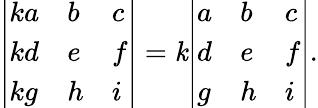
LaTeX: {\left|\begin{array}{lll}{ka}&{b}&{c}\\ {kd}&{e}&{f}\\ {kg}&{h}&{i}\end{array}\right|}=\mathit{k}{\left|\begin{array}{lll}{a}&{b}&{c}\\ {d}&{e}&{f}\\ {g}&{h}&{i}\end{array}\right|}.